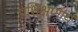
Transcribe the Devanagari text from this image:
प्रशिक्षणार्थ